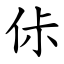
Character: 㑐